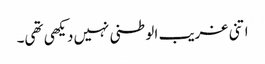
اتنی غریب الوطنی نہیں دیکھی تھی۔